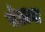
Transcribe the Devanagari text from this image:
बंटाना